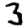
Digit: 3